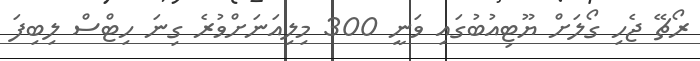
ރޯޗޭ ޖެހި ގޯލަށް ޔޫޓިއުބުގައި ވަނީ 300 މިލިއަނަށްވުރެ ގިނަ ހިޓްސް ލިބިފަ